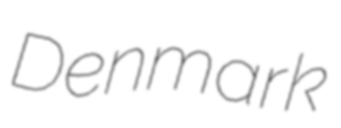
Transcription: Denmark